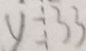
y = 3 3